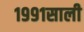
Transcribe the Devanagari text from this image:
१९९१साली